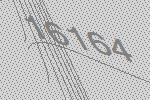
16164